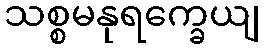
သစ္စမနုရက္ခေယျ